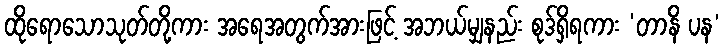
ထိုရောသောသုတ်တို့ကား အရေအတွက်အားဖြင့် အဘယ်မျှနည်း စုဒ်ရှိရကား ‘တာနိ ပန’